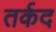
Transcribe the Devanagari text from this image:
तर्कद